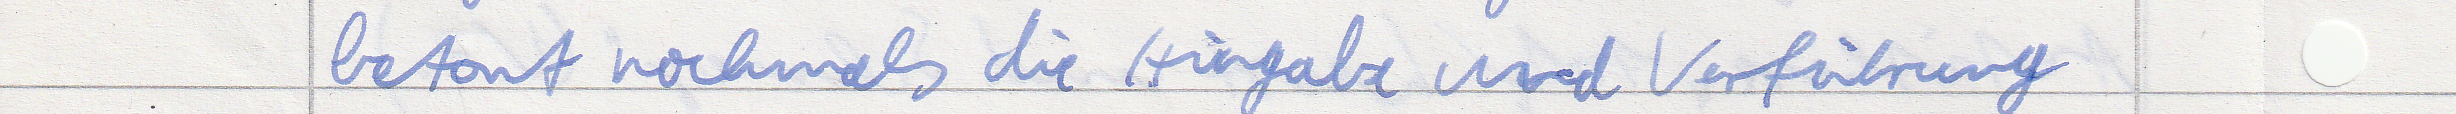
betont nochmals die Hingabe und Verführung